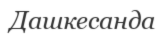
Дашкесанда